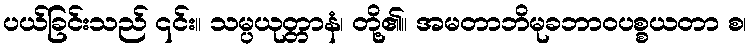
ပယ်ခြင်းသည် ၎င်း။ သမ္ပယုတ္တာနံ၊ တို့၏။ အမတာဘိမုခဘာဝပစ္စယတာ စ၊